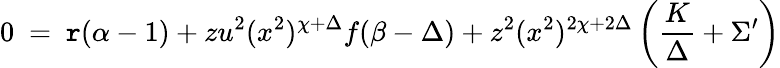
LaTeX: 0~=~\mathtt{r}(\alpha-1)+zu^{2}(x^{2})^{\chi+\Delta}f(\beta-\Delta)+z^{2}(x^{2})^{2\chi+2\Delta}\left(\frac{{K}}{{\Delta}}+\Sigma^{\prime}\right)